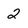
Character: 2